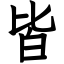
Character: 皆